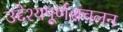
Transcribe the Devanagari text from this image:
उद्देश्यपूर्णसंचलन